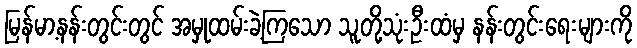
မြန်မာ့နန်းတွင်းတွင် အမှုထမ်းခဲ့ကြသော သူတို့သုံးဦးထံမှ နန်းတွင်းရေးများကို